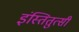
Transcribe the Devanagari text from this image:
इंस्तितुत्सी